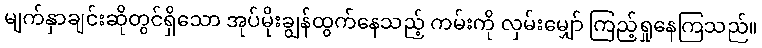
မျက်နှာချင်းဆိုတွင်ရှိသော အုပ်မိုးချွန်ထွက်နေသည့် ကမ်းကို လှမ်းမျှော် ကြည့်ရှုနေကြသည်။